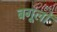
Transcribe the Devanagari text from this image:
बगूलों